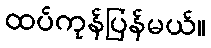
ထပ်ကုန်ပြန်မယ်။